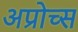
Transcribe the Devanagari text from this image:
अप्रोच्स